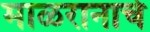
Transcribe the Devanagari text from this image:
माळरानाचे